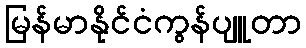
မြန်မာနိုင်ငံကွန်ပျူတာ